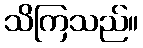
သိကြသည်။